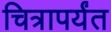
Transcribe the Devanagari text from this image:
चित्रापर्यंत